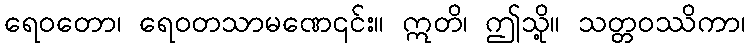
ရေဝတော၊ ရေဝတသာမဏေ၎င်း။ ဣတိ၊ ဤသို့။ သတ္တဝဿိကာ၊